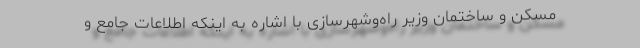
مسکن و ساختمان وزیر راه‌وشهرسازی با اشاره به اینکه اطلاعات جامع و